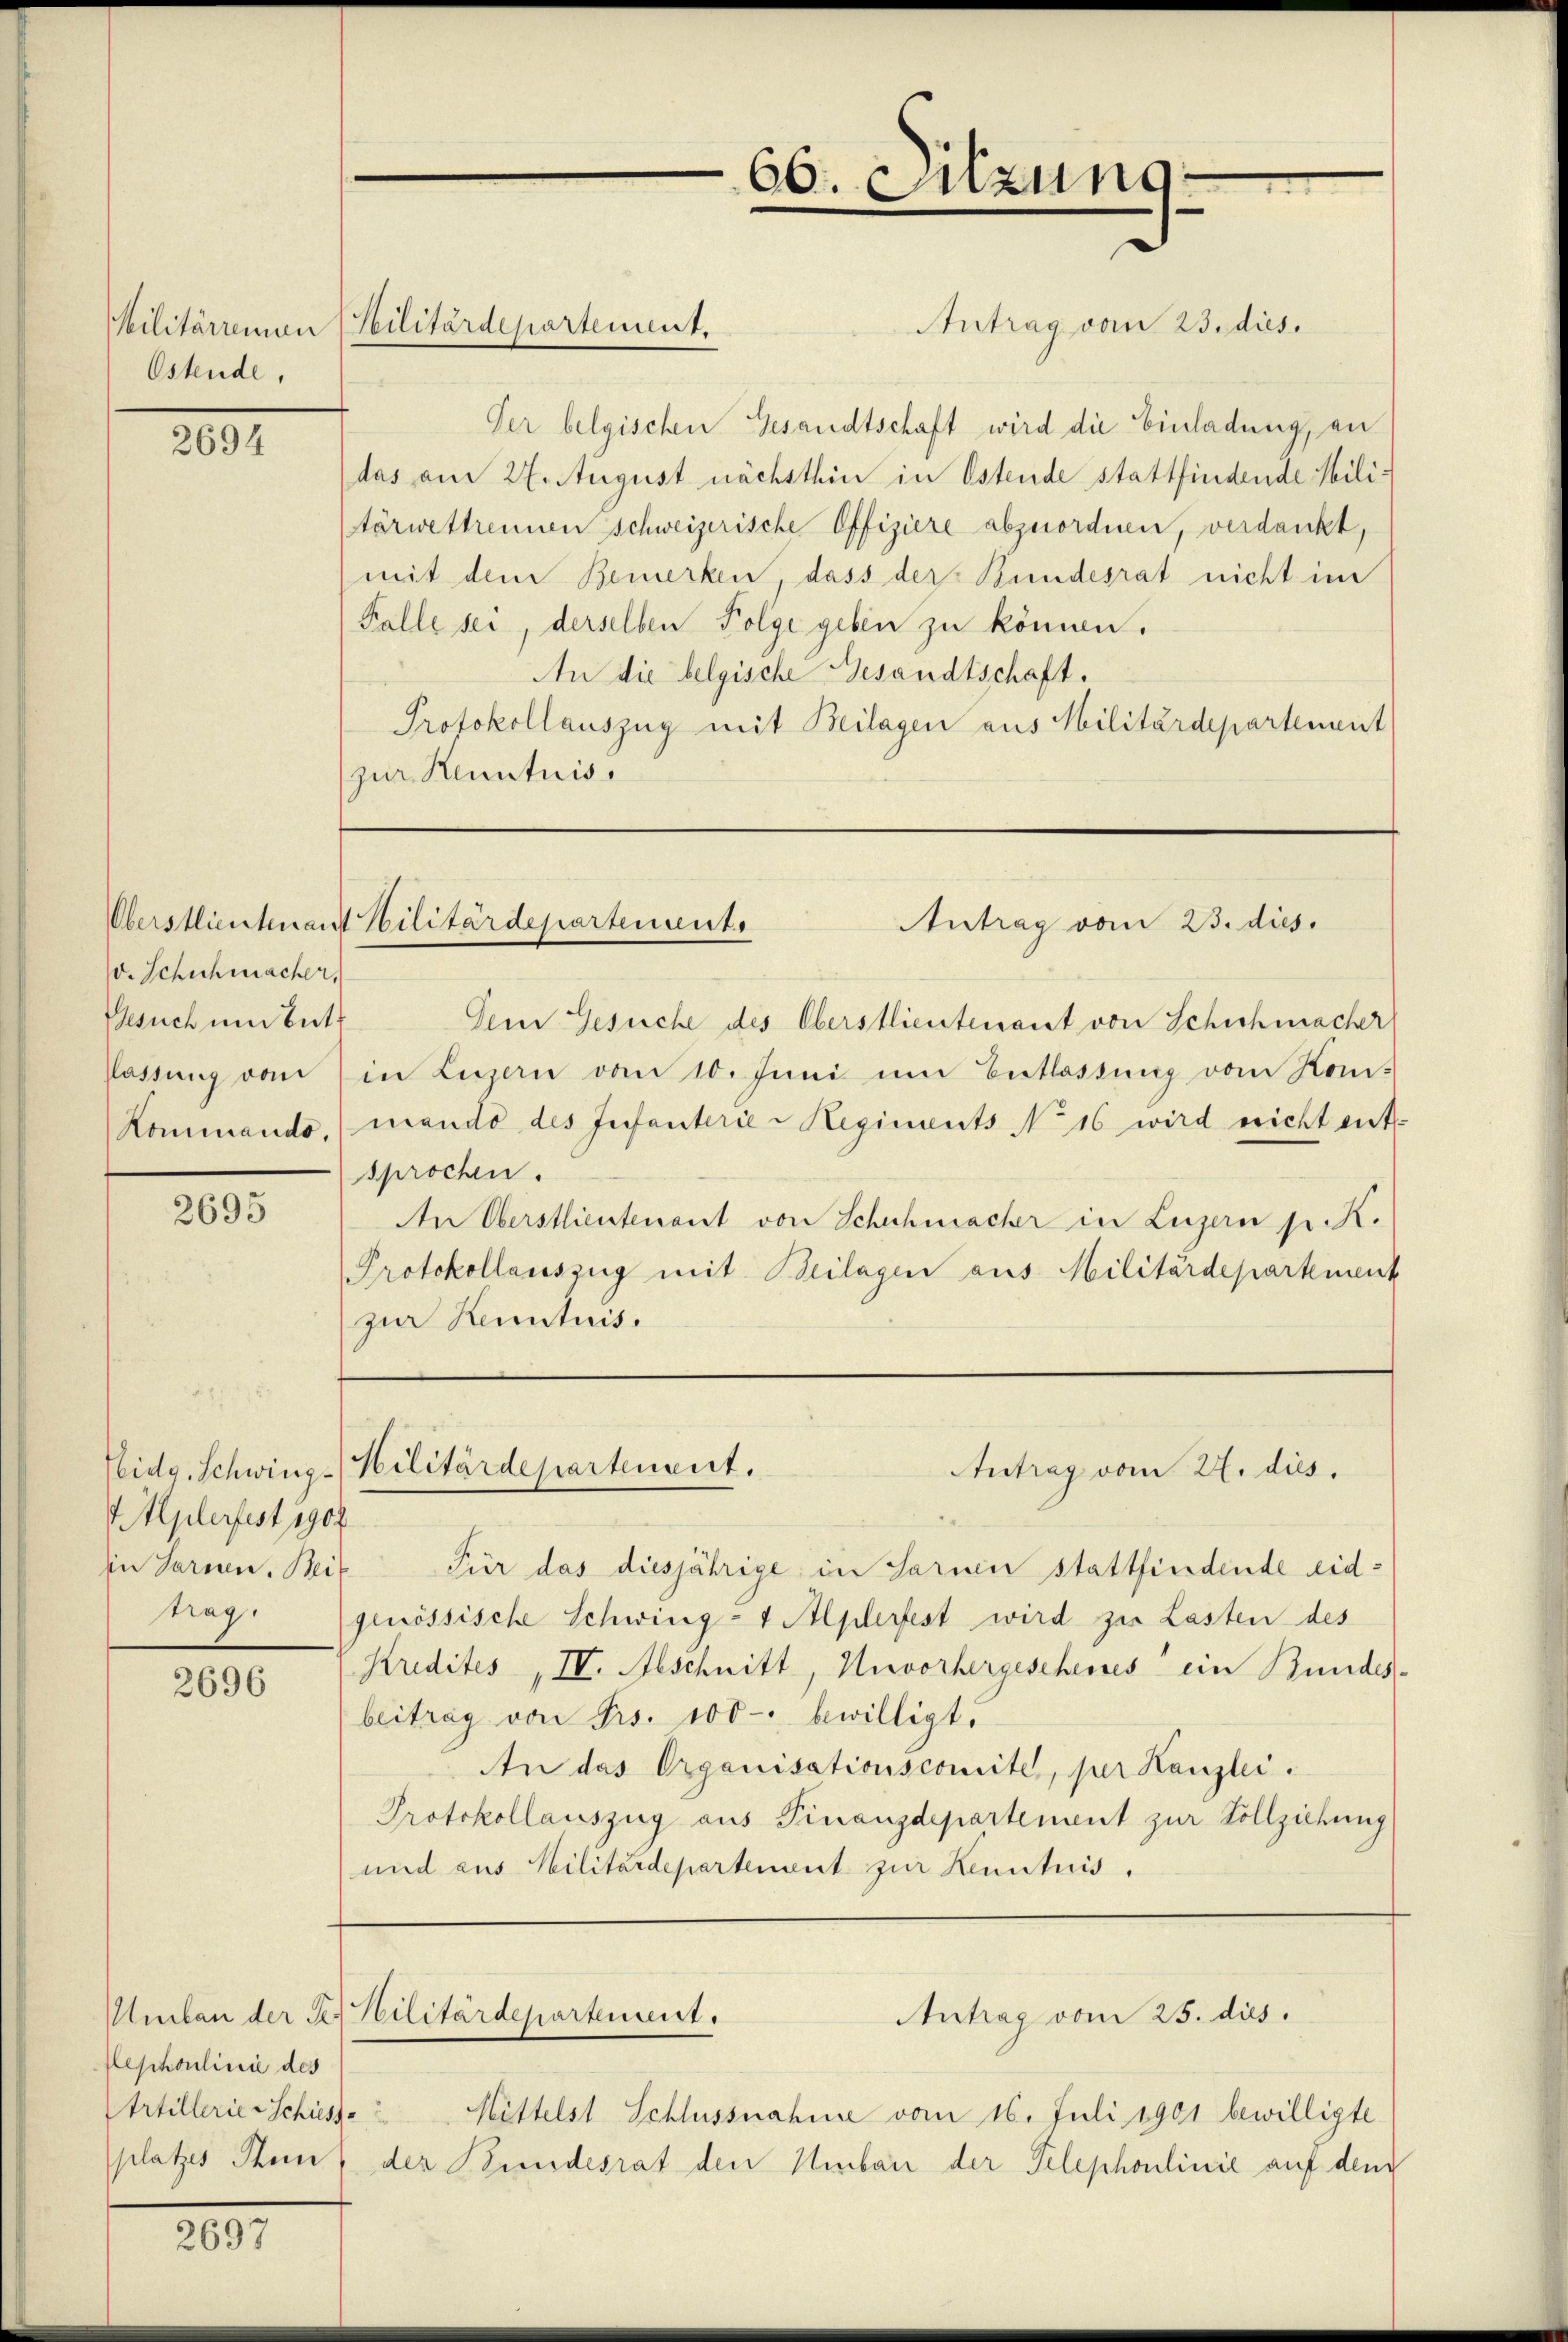
Ostende,

2694

v. Schuhmacher,
Gesuch und bet

2695

plerfest 190
trag.

2696

lephoulinie des
Artillerie-Schüsse
platzes Stein

200.

Antrag vom 23. dies.
Ver belgischen Gesandtschaft wird die Einladung, an
das am 27. August nächsthin in Ostende stattfindende Militärwestrennen schweizerische Offiziere abzuordnen, verdankt,
mit dem Bemerken, dass der Bundesrat nicht im
Falle sei, derselben Folge geben zu können.
An die belgische Gesandtschaft.
Protokollauszug mit Beilagen aus Militärdepartement
zur Kenntnis.

Militärremen Militärdepartement.

Oberstlieutnant Militärdepartement.
Antrag vom 23. dies.

Eidg. Schwing-Hilitärdepartement.

Umben der der Militärdepartement.

66. Sitzung

Dem Gesuche des Oberstlieutenant von Schichmacher
Plastung von in Luzern vom 10. Juni um Entlassung vom Kon-
Kommando, mando des Infanterie-Regiments No 16 wird nicht ent-
sprochen.
An Oberstlieutenant von Schuhmacher in Luzern p. K.
Protokollauszug mit Beilagen aus Militärdepartement
zur Kenntnis.

Antrag vom 27. dies

Iin Sarnen. Bei Für das diesjährige in Sarnen stattfindende eidgenössische Schwing-4 Alplerfest wird zu Lasten des
Kredites IV. Aeschnitt, Unvorhergescheines ein Bundes-
beitrag von Frs. 100. bewilligt.
An das Organisationscomite, per Kanzlei.
Protokollauszug aus Finanzdepartement zur Vollziehung
und aus Militärdepartement zur Kenntnis.

Mittelst Schlussnahme vom 16. Juli 1901 bewilligte
der Bundesrat den Umbau der Telephonlinie auf den

Antrag vom 25. dies